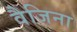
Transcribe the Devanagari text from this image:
वैजिना